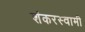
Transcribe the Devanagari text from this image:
शंकरस्वामी